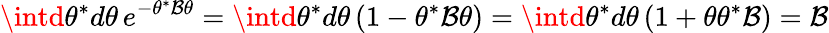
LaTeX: \intd\theta^{*}d\theta\, e^{-\theta^{*}\mathcal{B}\theta}=\intd\theta^{*}d\theta\, (1-\theta^{*}\mathcal{B}\theta)=\intd\theta^{*}d\theta\, (1+\theta\theta^{*}\mathcal{B})=\mathcal{B}